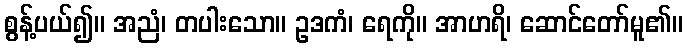
စွန့်ပယ်၍။ အညံ၊ တပါးသော။ ဥဒကံ၊ ရေကို။ အာဟရိ၊ ဆောင်တော်မူ၏။